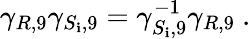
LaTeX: \gamma_{R,9}\gamma_{S_{\mathbf{i}},9}=\gamma_{S_{\mathbf{i}},9}^{-1}\gamma_{R,9}~.